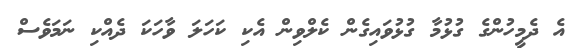
އެ ދެމީހުންގެ ގުޅުމާ ގުޅުވައިގެން ކެލްވިން އެކި ކަހަލަ ވާހަކަ ދެއްކި ނަމަވެސް